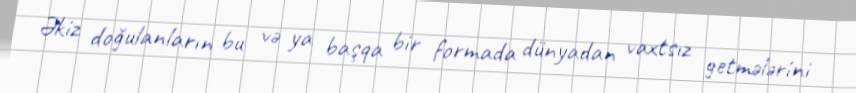
Əkiz doğulanların bu və ya başqa bir formada dünyadan vaxtsız getmələrini